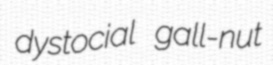
dystocial gall-nut